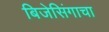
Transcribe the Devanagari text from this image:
बिजेसिंगाचा